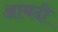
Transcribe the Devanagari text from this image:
आमदी